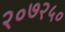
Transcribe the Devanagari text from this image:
२०७२५०